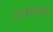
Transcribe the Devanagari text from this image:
आत्मप्रतिषेध